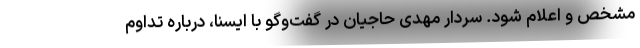
مشخص و اعلام شود. سردار مهدی حاجیان در گفت‌وگو با ایسنا، درباره تداوم